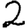
Digit: 2